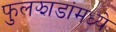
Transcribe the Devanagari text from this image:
फुलझाडांमध्ये